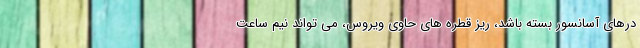
درهای آسانسور بسته باشد، ریز قطره های حاوی ویروس، می تواند نیم ساعت